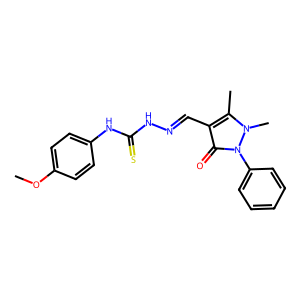
SMILES: COc1ccc(NC(=S)NN=Cc2c(C)n(C)n(-c3ccccc3)c2=O)cc1
Inhibits HIV replication: No